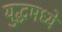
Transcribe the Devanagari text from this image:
युद्धमध्ये